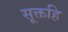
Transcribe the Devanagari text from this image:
सूक्तहि